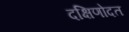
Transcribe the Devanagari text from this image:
दक्षिणोदत